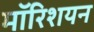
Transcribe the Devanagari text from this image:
मॉरिशयन